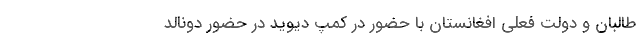
طالبان و دولت فعلي افغانستان با حضور در كمپ ديويد در حضور دونالد